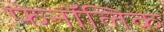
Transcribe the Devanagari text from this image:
फेनॉलिक